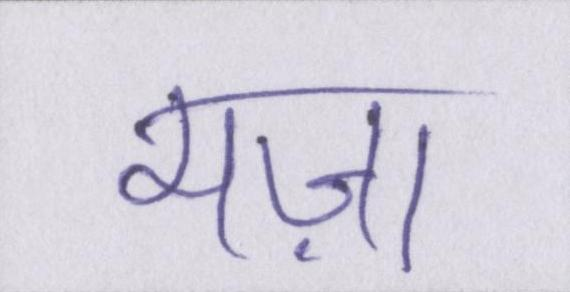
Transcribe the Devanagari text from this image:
मज़ा